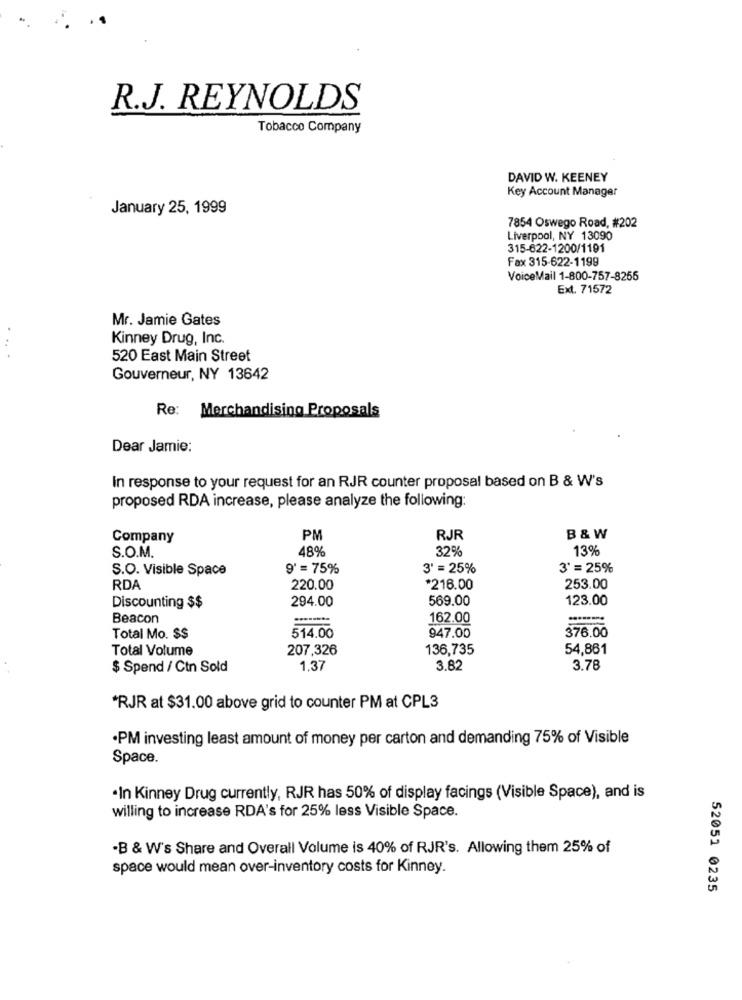
R.J. REYNOLDS
Tobacco Company
DAVID W. KEENEY
Key Account Manager
January 25, 1999
7854 Oswego Road, #202
Liverpool, NY 13090
315-622-1200/1191
Fax 315-622-1199
VoiceMail 1-800-757-8265
Ext. 71572
Mr. Jamie Gates
Kinney Drug, Inc.
..
520 East Main Street
Gouverneur, NY 13642
Re: Merchandising Proposals
Dear Jamie:
In response to your request for an RJR counter proposal based on B & W's
proposed RDA increase, please analyze the following:
Company
PM
RJR
B & W
S.O.M.
48%
32%
13%
S.O. Visible Space
9' = 75%
3' = 25%
3' = 25%
RDA
220.00
*216.00
253.00
569.00
123.00
Discounting $$
294.00
Beacon
162.00
514.00
947.00
Total Mo. $$
376.00
Total Volume
207,326
136,735
54,861
$ Spend / Ctn Sold
1,37
3.82
3.78
*RJR at $31.00 above grid to counter PM at CPL3
·PM investing least amount of money per carton and demanding 75% of Visible
Space.
·In Kinney Drug currently, RJR has 50% of display facings (Visible Space), and is
willing to increase RDA's for 25% less Visible Space.
-B & W's Share and Overall Volume is 40% of RJR's. Allowing them 25% of
space would mean over-inventory costs for Kinney.
52051 0235